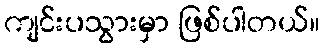
ကျင်းပသွားမှာ ဖြစ်ပါတယ်။